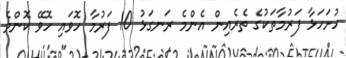
ހުށަހަޅާ ފަރުމާތަކުގެ ތެރެއިން އެންމެ ރަނގަޅު 10 ފަރުމާ ހޮވައި ހޮވޭ ކޮންމެ